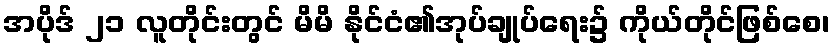
အပိုဒ် ၂၁ လူတိုင်းတွင် မိမိ နိုင်ငံ၏အုပ်ချုပ်ရေး၌ ကိုယ်တိုင်ဖြစ်စေ၊